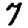
Digit: 7